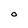
Character: O